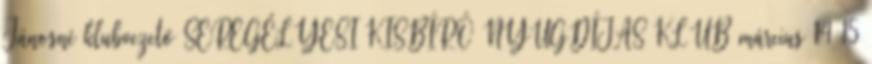
Jánosné klubvezető SEREGÉLYESI KISBÍRÓ NYUGDÍJAS KLUB március 14 15